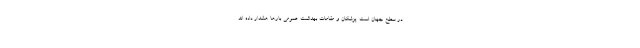
در سطح جهان است. پزشکان و مقامات بهداشت عمومی بارها هشدار داده اند